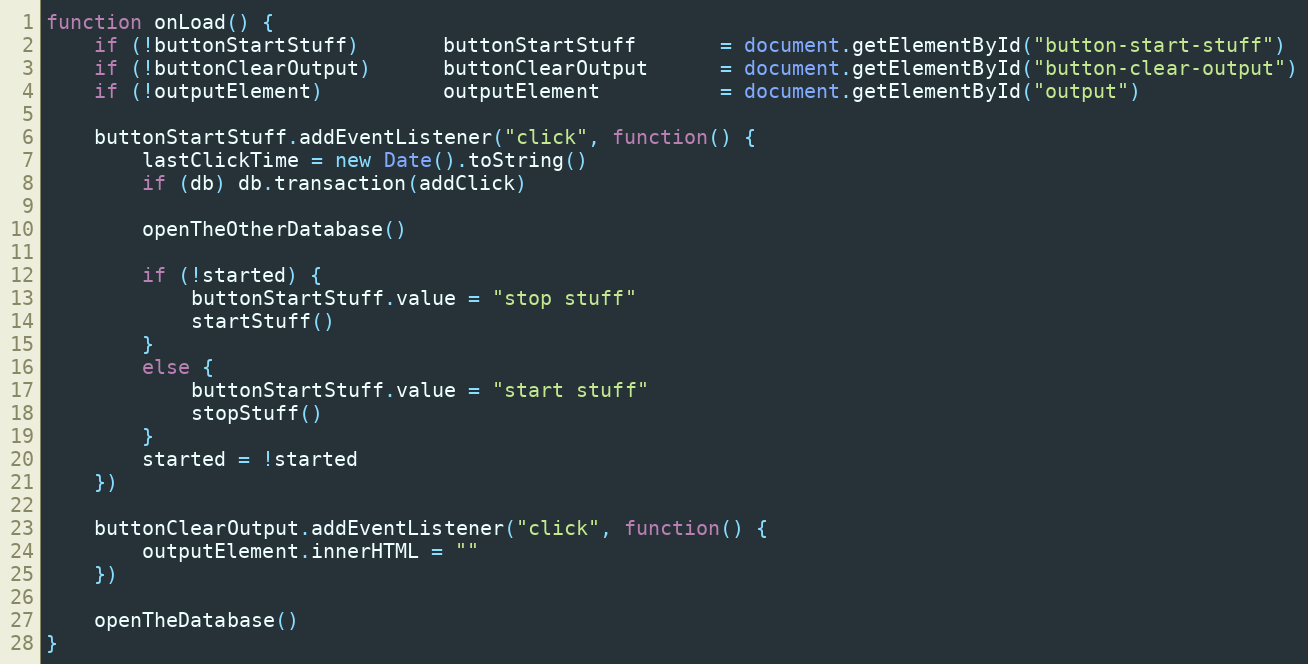
Language: JavaScript
function onLoad() {
    if (!buttonStartStuff)       buttonStartStuff       = document.getElementById("button-start-stuff")
    if (!buttonClearOutput)      buttonClearOutput      = document.getElementById("button-clear-output")
    if (!outputElement)          outputElement          = document.getElementById("output")

    buttonStartStuff.addEventListener("click", function() {
        lastClickTime = new Date().toString()
        if (db) db.transaction(addClick)

        openTheOtherDatabase()

        if (!started) {
            buttonStartStuff.value = "stop stuff"
            startStuff()
        }
        else {
            buttonStartStuff.value = "start stuff"
            stopStuff()
        }
        started = !started
    })

    buttonClearOutput.addEventListener("click", function() {
        outputElement.innerHTML = ""
    })

    openTheDatabase()
}